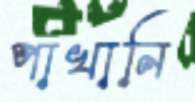
পাখানি